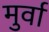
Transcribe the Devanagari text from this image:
मुर्वा